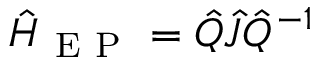
\hat { H } _ { \mathrm { ~ E ~ P ~ } } = \hat { Q } \hat { J } \hat { Q } ^ { - 1 }